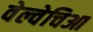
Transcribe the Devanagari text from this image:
वेल्वेचिआ